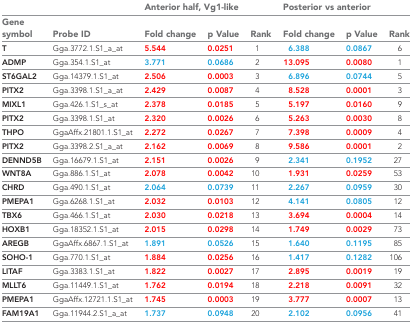
<table><thead><tr><td></td><td></td><td colspan="3"><b>Anterior half, Vg1-like</b></td><td colspan="3"><b>Posterior vs anterior</b></td></tr><tr><td><b>Gene symbol</b></td><td><b>Probe ID</b></td><td><b>Fold change</b></td><td><b>p Value</b></td><td><b>Rank</b></td><td><b>Fold change</b></td><td><b>p Value</b></td><td><b>Rank</b></td></tr></thead><tbody><tr><td><b>T</b></td><td>Gga.3772.1.S1_a_at</td><td>5.544</td><td>0.0251</td><td>1</td><td>6.388</td><td>0.0867</td><td>6</td></tr><tr><td><b>ADMP</b></td><td>Gga.354.1.S1_at</td><td>3.771</td><td>0.0686</td><td>2</td><td>13.095</td><td>0.0080</td><td>1</td></tr><tr><td><b>ST6GAL2</b></td><td>Gga.14379.1.S1_at</td><td>2.506</td><td>0.0003</td><td>3</td><td>6.896</td><td>0.0744</td><td>5</td></tr><tr><td><b>PITX2</b></td><td>Gga.3398.1.S1_a_at</td><td>2.429</td><td>0.0087</td><td>4</td><td>8.528</td><td>0.0001</td><td>3</td></tr><tr><td><b>MIXL1</b></td><td>Gga.426.1.S1_s_at</td><td>2.378</td><td>0.0185</td><td>5</td><td>5.197</td><td>0.0160</td><td>9</td></tr><tr><td><b>PITX2</b></td><td>Gga.3398.1.S1_at</td><td>2.320</td><td>0.0026</td><td>6</td><td>5.263</td><td>0.0030</td><td>8</td></tr><tr><td><b>THPO</b></td><td>GgaAffx.21801.1.S1_at</td><td>2.272</td><td>0.0267</td><td>7</td><td>7.398</td><td>0.0009</td><td>4</td></tr><tr><td><b>PITX2</b></td><td>Gga.3398.2.S1_a_at</td><td>2.162</td><td>0.0069</td><td>8</td><td>9.586</td><td>0.0001</td><td>2</td></tr><tr><td><b>DENND5B</b></td><td>Gga.16679.1.S1_at</td><td>2.151</td><td>0.0026</td><td>9</td><td>2.341</td><td>0.1952</td><td>27</td></tr><tr><td><b>WNT8A</b></td><td>Gga.886.1.S1_at</td><td>2.078</td><td>0.0042</td><td>10</td><td>1.931</td><td>0.0259</td><td>53</td></tr><tr><td><b>CHRD</b></td><td>Gga.490.1.S1_at</td><td>2.064</td><td>0.0739</td><td>11</td><td>2.267</td><td>0.0959</td><td>30</td></tr><tr><td><b>PMEPA1</b></td><td>Gga.6268.1.S1_at</td><td>2.032</td><td>0.0103</td><td>12</td><td>4.141</td><td>0.0805</td><td>12</td></tr><tr><td><b>TBX6</b></td><td>Gga.466.1.S1_at</td><td>2.030</td><td>0.0218</td><td>13</td><td>3.694</td><td>0.0004</td><td>14</td></tr><tr><td><b>HOXB1</b></td><td>Gga.18352.1.S1_at</td><td>2.015</td><td>0.0298</td><td>14</td><td>1.749</td><td>0.0029</td><td>73</td></tr><tr><td><b>AREGB</b></td><td>GgaAffx.6867.1.S1_at</td><td>1.891</td><td>0.0526</td><td>15</td><td>1.640</td><td>0.1195</td><td>85</td></tr><tr><td><b>SOHO-1</b></td><td>Gga.770.1.S1_at</td><td>1.884</td><td>0.0256</td><td>16</td><td>1.417</td><td>0.1282</td><td>106</td></tr><tr><td><b>LITAF</b></td><td>Gga.3383.1.S1_at</td><td>1.822</td><td>0.0027</td><td>17</td><td>2.895</td><td>0.0019</td><td>19</td></tr><tr><td><b>MLLT6</b></td><td>Gga.11449.1.S1_at</td><td>1.762</td><td>0.0194</td><td>18</td><td>2.218</td><td>0.0091</td><td>32</td></tr><tr><td><b>PMEPA1</b></td><td>GgaAffx.12721.1.S1_at</td><td>1.745</td><td>0.0003</td><td>19</td><td>3.777</td><td>0.0007</td><td>13</td></tr><tr><td><b>FAM19A1</b></td><td>Gga.11944.2.S1_a_at</td><td>1.737</td><td>0.0948</td><td>20</td><td>2.102</td><td>0.0956</td><td>41</td></tr></tbody></table>